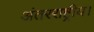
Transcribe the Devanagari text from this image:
अंतरराष्ट्रीय।